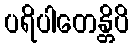
ပရိပါတေန္တိပိ